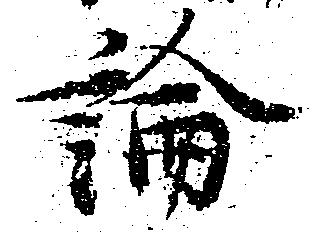
論